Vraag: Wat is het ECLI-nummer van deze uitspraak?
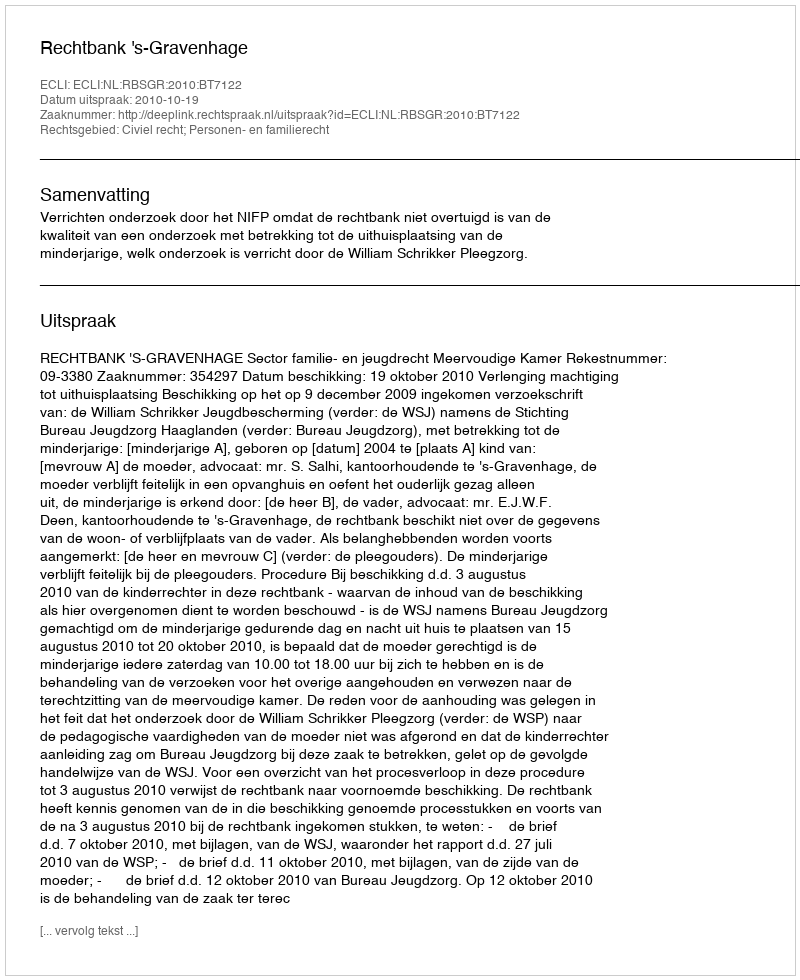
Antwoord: ECLI:NL:RBSGR:2010:BT7122